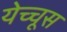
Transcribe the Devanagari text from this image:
येच्चूस